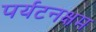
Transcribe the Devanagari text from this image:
पर्यटनक्षम